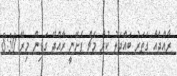
ރާއްޖެއާ ގަތަރު ބައްދަލު ކުރާ މެޗް ފެށޭނީ ރާއްޖޭ ގަޑިން މިރޭ 8:30